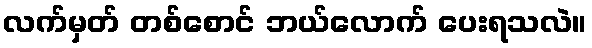
လက်မှတ် တစ်စောင် ဘယ်လောက် ပေးရသလဲ။